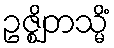
ဥဇ္ဈိတသ္မိံ